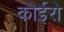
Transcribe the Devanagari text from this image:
कोईरो